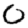
Digit: 0